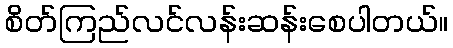
စိတ်ကြည်လင်လန်းဆန်းစေပါတယ်။